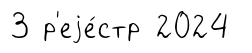
3 р'еjе́стр 2024